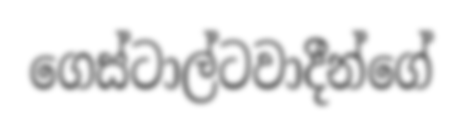
ගෙස්ටාල්ටවාදීන්ගේ